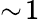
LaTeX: \sim\! 1